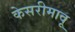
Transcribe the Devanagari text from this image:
केसरीमावू